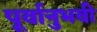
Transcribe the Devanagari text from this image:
पूर्वानुभवी